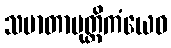
သမာတာပုတ္တိကံယေဝ